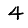
Digit: 4